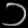
Digit: ၁